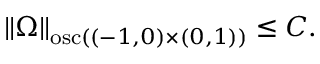
\begin{array} { r } { \left\lVert \Omega \right\rVert _ { \mathrm { o s c } ( ( - 1 , 0 ) \times ( 0 , 1 ) ) } \le C . } \end{array}